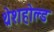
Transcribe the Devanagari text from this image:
थ्रेशहोल्ड